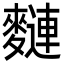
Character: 𪍦